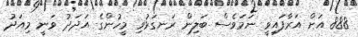
888 އަށް އަރާފައިވީ ނަމަވެސް ބަލިން ރަނގަޅުވި މީހުންގެ އަދަދު ވަނީ މިއަދު